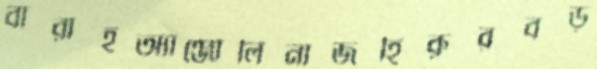
বারাহঅ্যাঞ্জোলিনাজহিরুরবড়